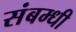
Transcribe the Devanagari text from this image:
संबम्धी